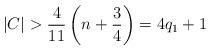
LaTeX: \begin{align*} |C| > \frac{4}{11} \left( n + \frac{3}{4} \right) = 4q_1 + 1 \end{align*}